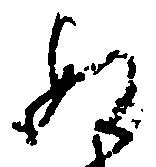
ぬ